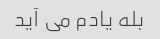
بله یادم می آید